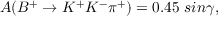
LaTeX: A ( B ^ { + } \to K ^ { + } K ^ { - } \pi ^ { + } ) = 0 . 4 5 ~ s i n \gamma ,